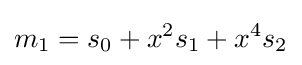
m_{1}=s_{0}+x^{2}s_{1}+x^{4}s_{2}